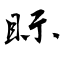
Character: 眎